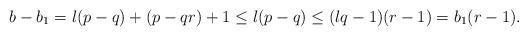
LaTeX: \begin{align*} b-b_1 = l(p-q) + (p-qr) + 1 \leq l(p-q) \leq (lq-1)(r-1) = b_1(r-1). \end{align*}